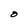
Character: O